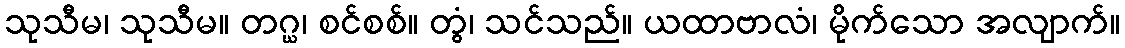
သုသီမ၊ သုသီမ။ တဂ္ဃ၊ စင်စစ်။ တွံ၊ သင်သည်။ ယထာဗာလံ၊ မိုက်သော အလျာက်။